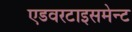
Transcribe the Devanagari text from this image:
एडवरटाइसमेन्ट